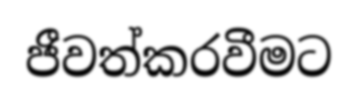
ජීවත්කරවීමට